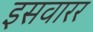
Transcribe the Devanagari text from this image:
इसवारर